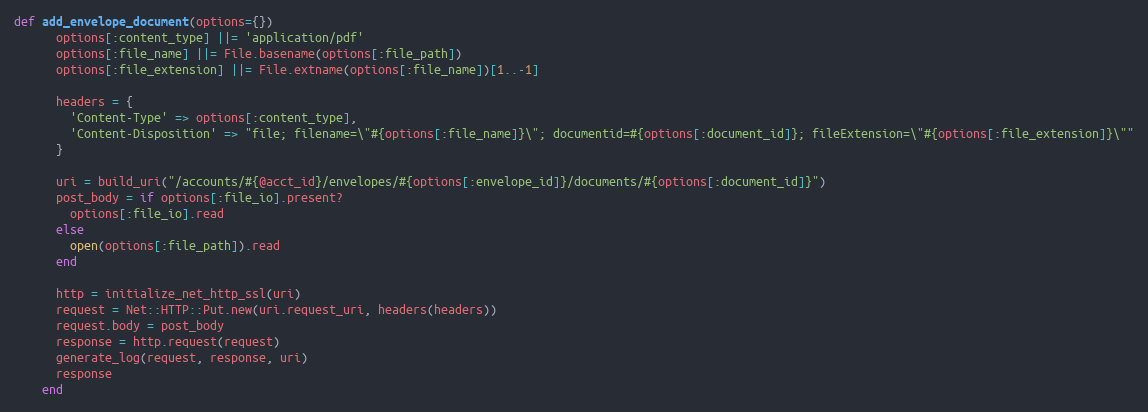
Language: Ruby
def add_envelope_document(options={})
      options[:content_type] ||= 'application/pdf'
      options[:file_name] ||= File.basename(options[:file_path])
      options[:file_extension] ||= File.extname(options[:file_name])[1..-1]

      headers = {
        'Content-Type' => options[:content_type],
        'Content-Disposition' => "file; filename=\"#{options[:file_name]}\"; documentid=#{options[:document_id]}; fileExtension=\"#{options[:file_extension]}\""
      }

      uri = build_uri("/accounts/#{@acct_id}/envelopes/#{options[:envelope_id]}/documents/#{options[:document_id]}")
      post_body = if options[:file_io].present?
        options[:file_io].read
      else
        open(options[:file_path]).read
      end

      http = initialize_net_http_ssl(uri)
      request = Net::HTTP::Put.new(uri.request_uri, headers(headers))
      request.body = post_body
      response = http.request(request)
      generate_log(request, response, uri)
      response
    end